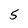
Character: 5